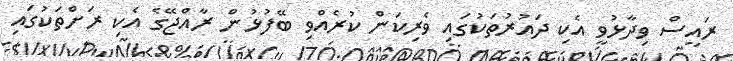
ރައީސް ވިދާޅުވީ އެކި ދައުރުތަކުގައި ވެރިކަން ކުރެއްވި ބޭފުޅުން ރާއްޖޭގެ އެކި ރަށްތަކުގައި